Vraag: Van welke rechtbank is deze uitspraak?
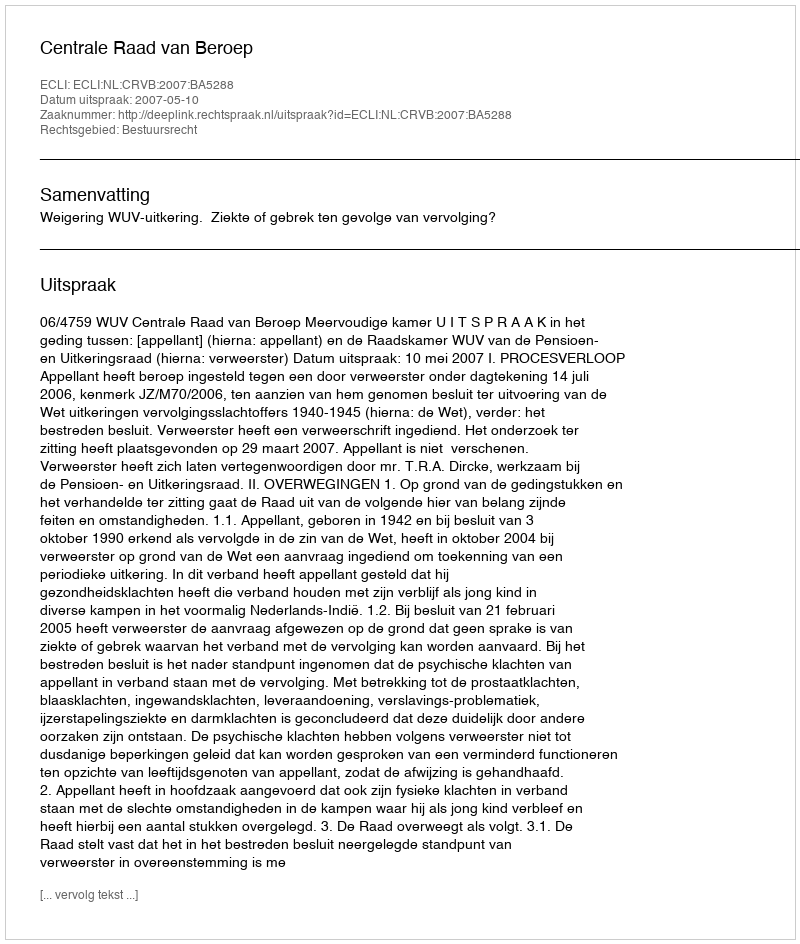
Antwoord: Centrale Raad van Beroep